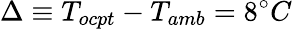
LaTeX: \Delta\equiv T_{ocpt}-T_{amb}=8^{\circ}C